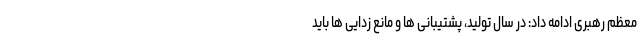
معظم رهبری ادامه داد: در سال تولید، پشتیبانی ها و مانع زدایی ها باید